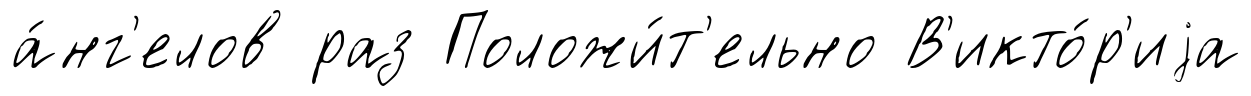
а́нг'елов раз Положи́т'ельно В'икто́р'иjа